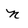
Character: n